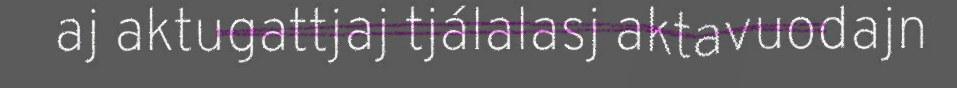
aj aktugattjaj tjálalasj aktavuodajn